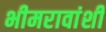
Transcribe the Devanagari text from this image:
भीमरावांशी